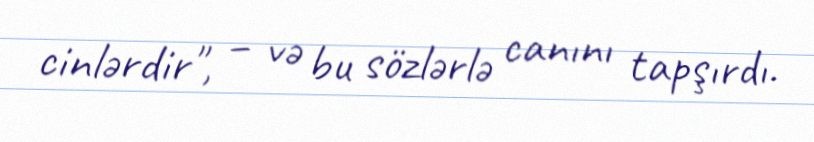
cinlərdir", – və bu sözlərlə canını tapşırdı.